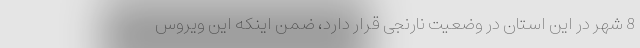
8 شهر در این استان در وضعیت نارنجی قرار دارد، ضمن اینکه این ویروس